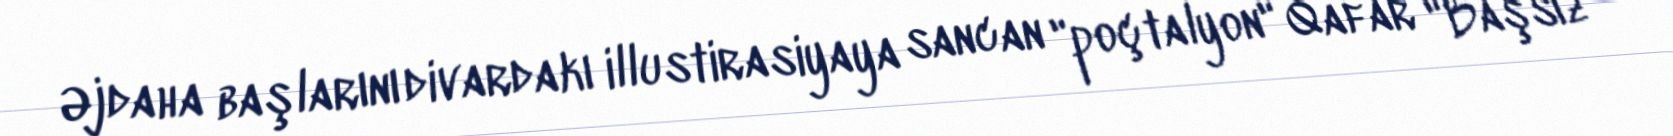
Əjdaha başlarını divardakı illustirasiyaya sancan "poçtalyon" Qafar "Başsız